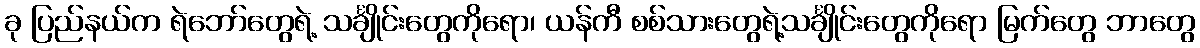
ခု ပြည်နယ်က ရဲဘော်တွေရဲ့ သင်္ချိုင်းတွေကိုရော၊ ယန်ကီ စစ်သားတွေရဲ့သင်္ချိုင်းတွေကိုရော မြက်တွေ ဘာတွေ